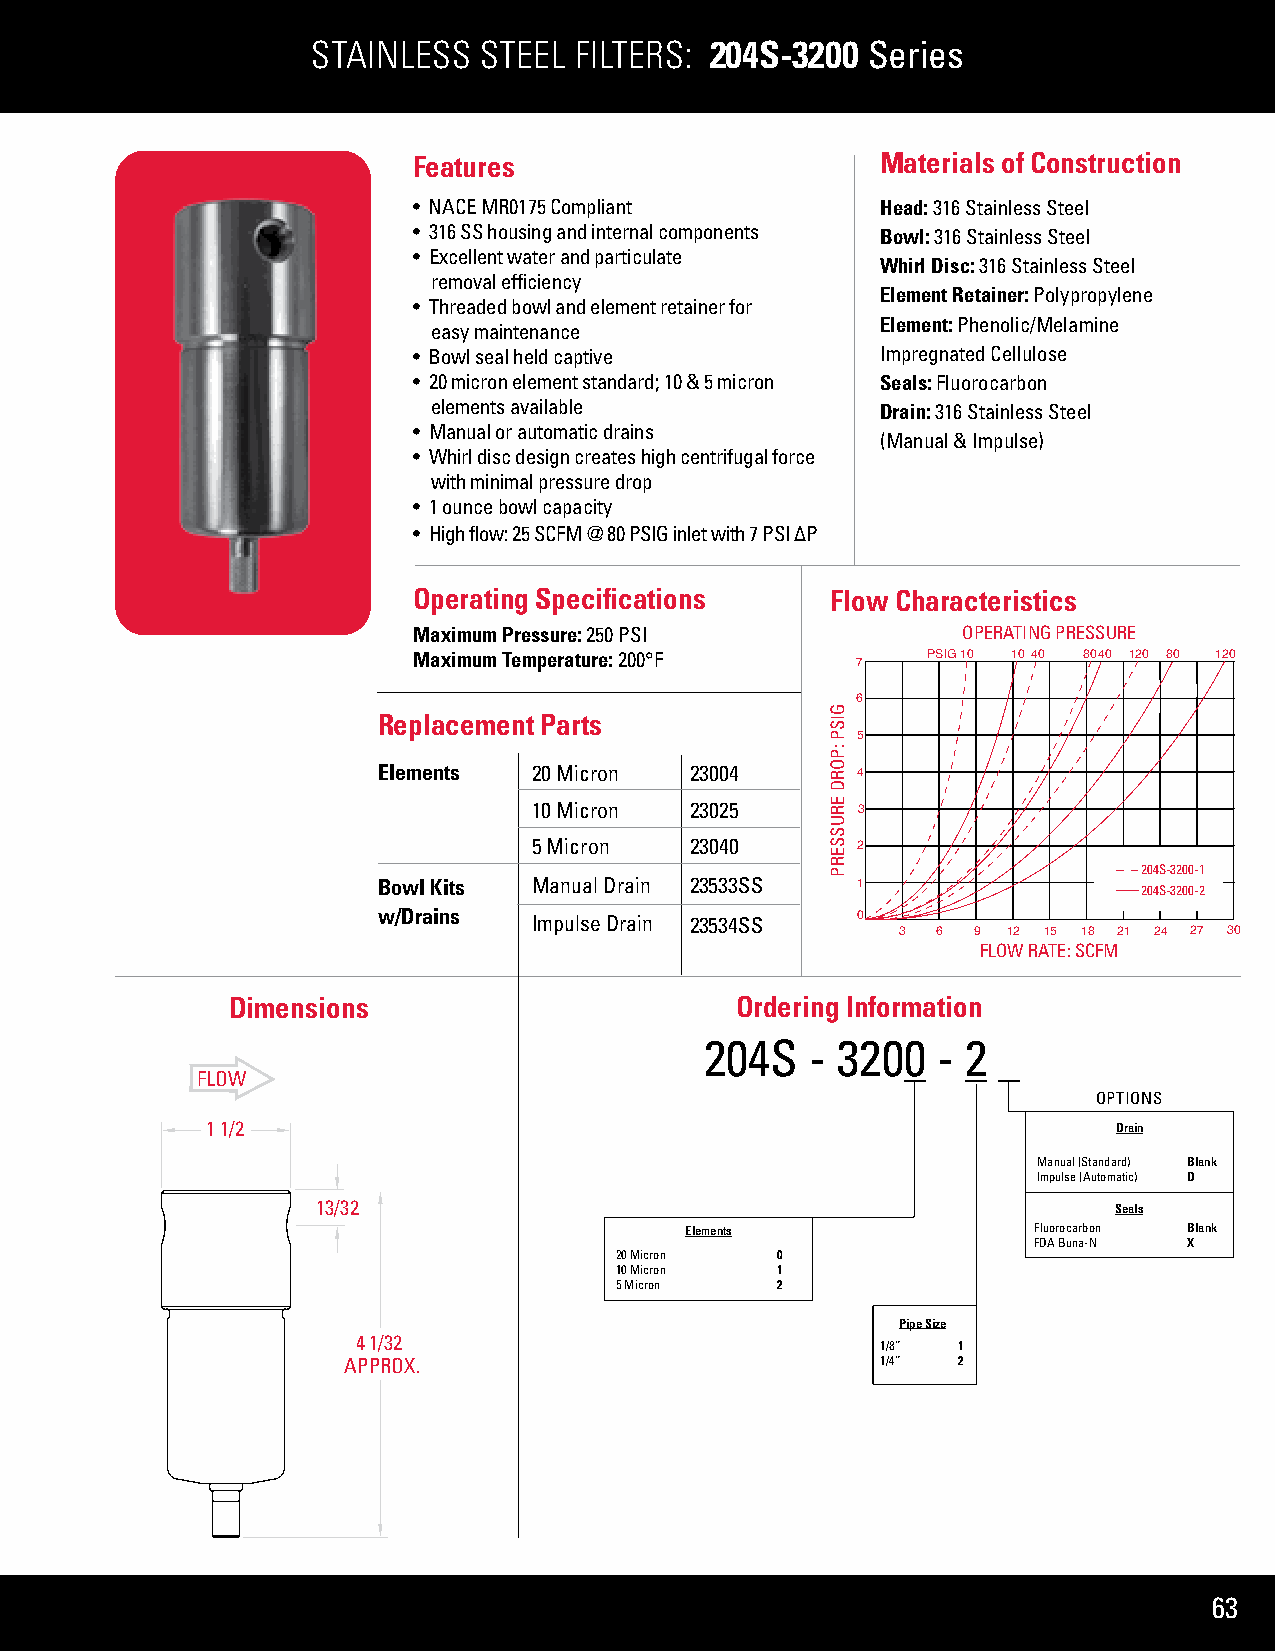
STAINLESS  STEEL FILTERS: 204S-3200 Series
 Features                       Materials of Construction
 • NACE MR0175 Compliant        Head: 316 Stainless Steel
 • 316 SS housing and internal components Bowl: 316 Stainless Steel
 • Excellent water and particulate
 Whirl Disc: 316 Stainless Steel
 removal efficiency
 Element Retainer: Polypropylene
 • Threaded bowl and element retainer for
 Element: Phenolic/Melamine
 easy maintenance
 • Bowl seal held captive       Impregnated Cellulose
 • 20 micron element standard; 10 & 5 micron Seals: Fluorocarbon
 elements available           Drain: 316 Stainless Steel
 • Manual or automatic drains
 (Manual & Impulse)
 • Whirl disc design creates high centrifugal force
 with minimal pressure drop
 • 1 ounce bowl capacity
 • High flow: 25 SCFM @ 80 PSIG inlet with 7 PSI ΔP
 Operating Specifications    Flow Characteristics
 Maximum Pressure: 250 PSI            OPERATING PRESSURE
 Maximum Temperature: 200°F        PSIG10 1040 8040 120 80 120
 7
 6
 Replacement Parts
 5
 Elements  20 Micron  23004      4
 10 Micron  23025      3
 5 Micron   23040      2
 204S-3200-1
 Bowl Kits Manual Drain 23533SS  1                  204S-3200-2
 w/Drains  Impulse Drain 23534SS 0
 3 6 9  12 15 18 21 24 27 30
 FLOW RATE: SCFM
 Dimensions                        Ordering Information
 204S   - 3200  - 2
 FLOW
 OPTIONS
 1 1/2                                                       Drain
 Manual (Standard) Blank
 Impulse (Automatic) D
 13/32                                                Seals
 Elements               Fluorocarbon Blank
 FDA Buna-N X
 20 Micron 0
 10 Micron 1
 5 Micron  2
 Pipe Size
 4 1/32
 1/8” 1
 APPROX.                            1/4” 2
 63
 GISP
 :PORD
 ERUSSERP